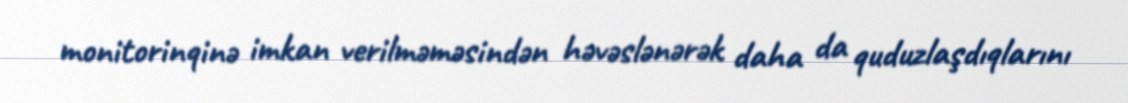
monitorinqinə imkan verilməməsindən həvəslənərək daha da quduzlaşdıqlarını